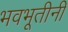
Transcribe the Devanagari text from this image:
भवभूतीनी